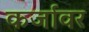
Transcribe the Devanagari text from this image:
कर्जावर